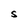
Character: S